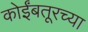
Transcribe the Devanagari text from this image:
कोईंबतूरच्या